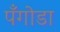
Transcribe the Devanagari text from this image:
पँगोडा